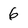
Character: 6